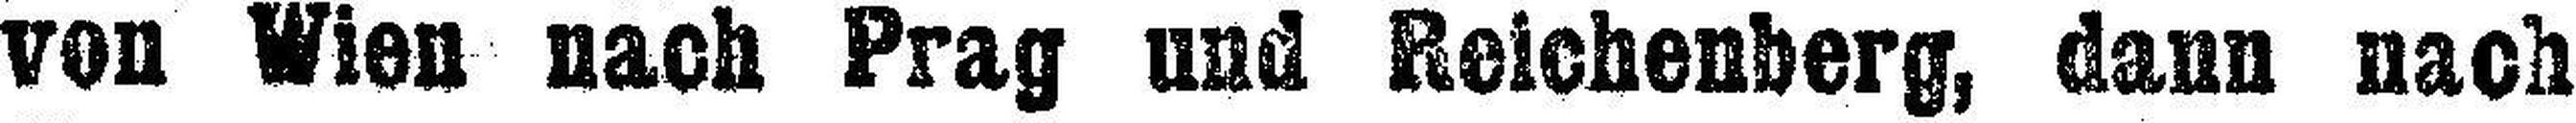
von Wien nach Prag und Reichenberg, dann nach